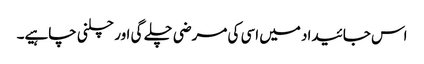
اس جائیداد میں اسی کی مرضی چلے گی اور چلنی چاہیے۔